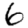
Digit: 6